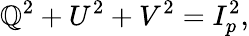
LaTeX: \mathbb{Q}^{2}+U^{2}+V^{2}=I_{p}^{2},